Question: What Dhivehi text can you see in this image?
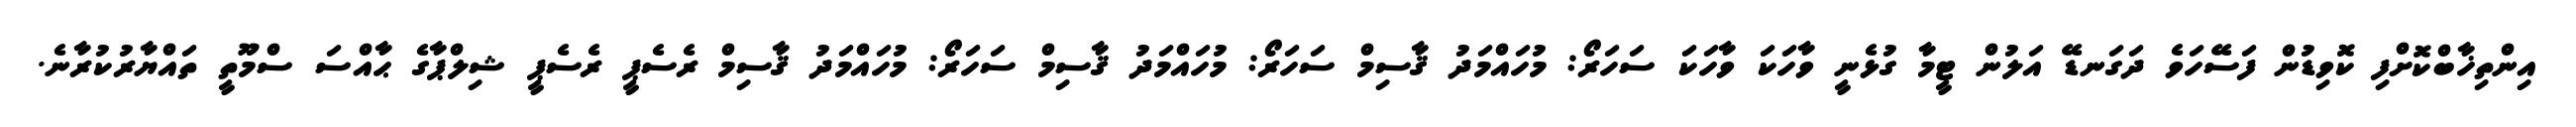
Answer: އިންތިޚާބްކޮށްފި ކޮވިޑުން ފަސޭހަވެ ދަގަނޑޭ އަލުން ޓީމާ ގުޅެނީ ވާހަކަ ވާހަކަ ސަހަރޯ: މުހައްމަދު ޤާސިމް ސަހަރޯ: މުހައްމަދު ޤާސިމް ސަހަރޯ: މުހައްމަދު ޤާސިމް ރެސެޕީ ރެސެޕީ ޝިލްޕާގެ ޙާއްސަ ސްމޫތީ ތައްޔާރުކުރާނެ.